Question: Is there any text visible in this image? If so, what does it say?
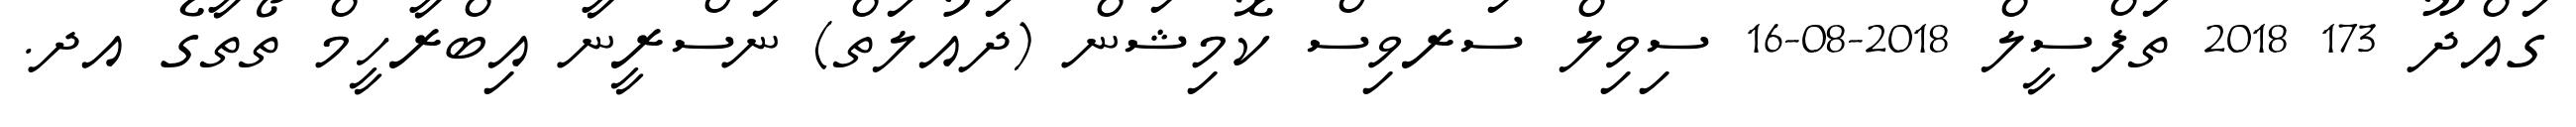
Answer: ގައްދޫ 173 2018 ތަފްސީލް 2018-08-16 ސިވިލް ސަރވިސް ކޮމިޝަން (ދައުލަތް) ނަސްރީނާ އިބްރާހީމް ތޯތާގެ އދ.